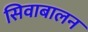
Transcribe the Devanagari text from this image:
सिवाबालन